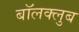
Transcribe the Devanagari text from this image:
बॉलक्लुब